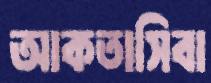
আকতাসিবা